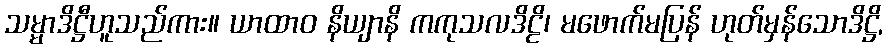
သမ္မာဒိဋ္ဌီဟူသည်ကား။ ယာထာဝ နိယျာနိ ကကုသလဒိဠိ၊ မဖောက်မပြန် ဟုတ်မှန်သောဒိဋ္ဌိ,